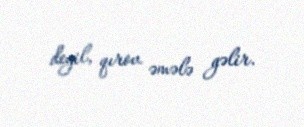
deyil, qırov əmələ gəlir.